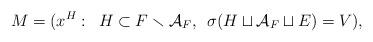
LaTeX: \begin{align*}M = (x^H: \enskip H \subset F \smallsetminus \mathcal{A}_F, \enskip \sigma(H \sqcup \mathcal{A}_F \sqcup E) = V),\end{align*}